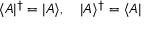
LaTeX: \langle A | ^ { \dagger } = | A \rangle , \quad | A \rangle ^ { \dagger } = \langle A |